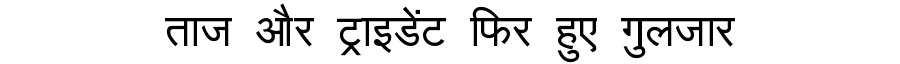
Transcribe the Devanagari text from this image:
ताज और ट्राइडेंट फिर हुए गुलजार